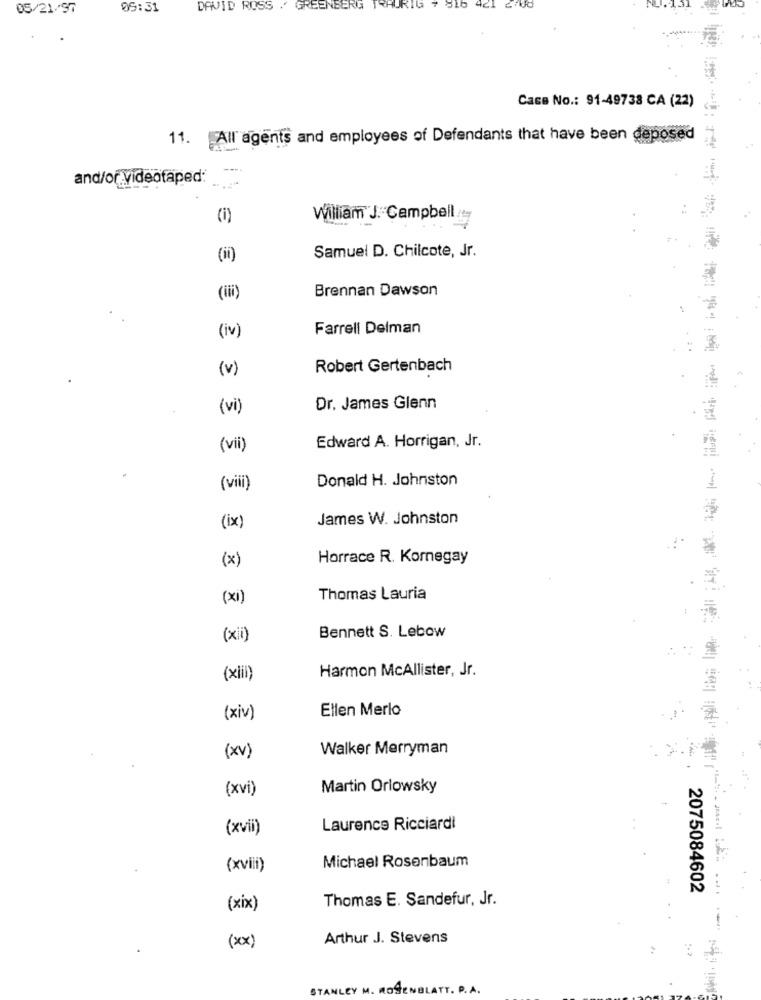
05/21/97
06:31
DAVID ROSS . GREENBERG
KHURIG 7 810
421
Case No .: 91-49738 CA (22)
11. All' agents and employees of Defendants that have been deposed
and/or videotaped:
(i)
William J. Campbell
Samuel D. Chilcote, Jr.
(ii)
Brennan Dawson
(iii)
(iv)
Farrell Delman
(v)
Robert Gertenbach
(vi)
Dr. James Glenn
(vii)
Edward A. Horrigan, Jr.
Donald H. Johnston
(vii)
James W. Johnston
(ix)
(x)
Horrace R. Kornegay
(xi)
Thomas Lauria
Bennett S. Lebow
(xii)
Harmon McAllister, Jr.
(xiil)
Ellen Merlo
(xiv)
Walker Merryman
(xv)
(xvi)
Martin Orlowsky
(xvii)
Laurence Ricciardi
Michael Rosenbaum
(xviii)
Bom - areal
2075084602
Thomas E. Sandefur, Jr.
(xix)
(xx)
Arthur J. Stevens
STANLEY M. ROSENBLATT. P. A.